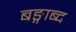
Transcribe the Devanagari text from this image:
बङ्गाब्द